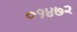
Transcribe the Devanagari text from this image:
०१४७२